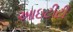
આઇટીટી